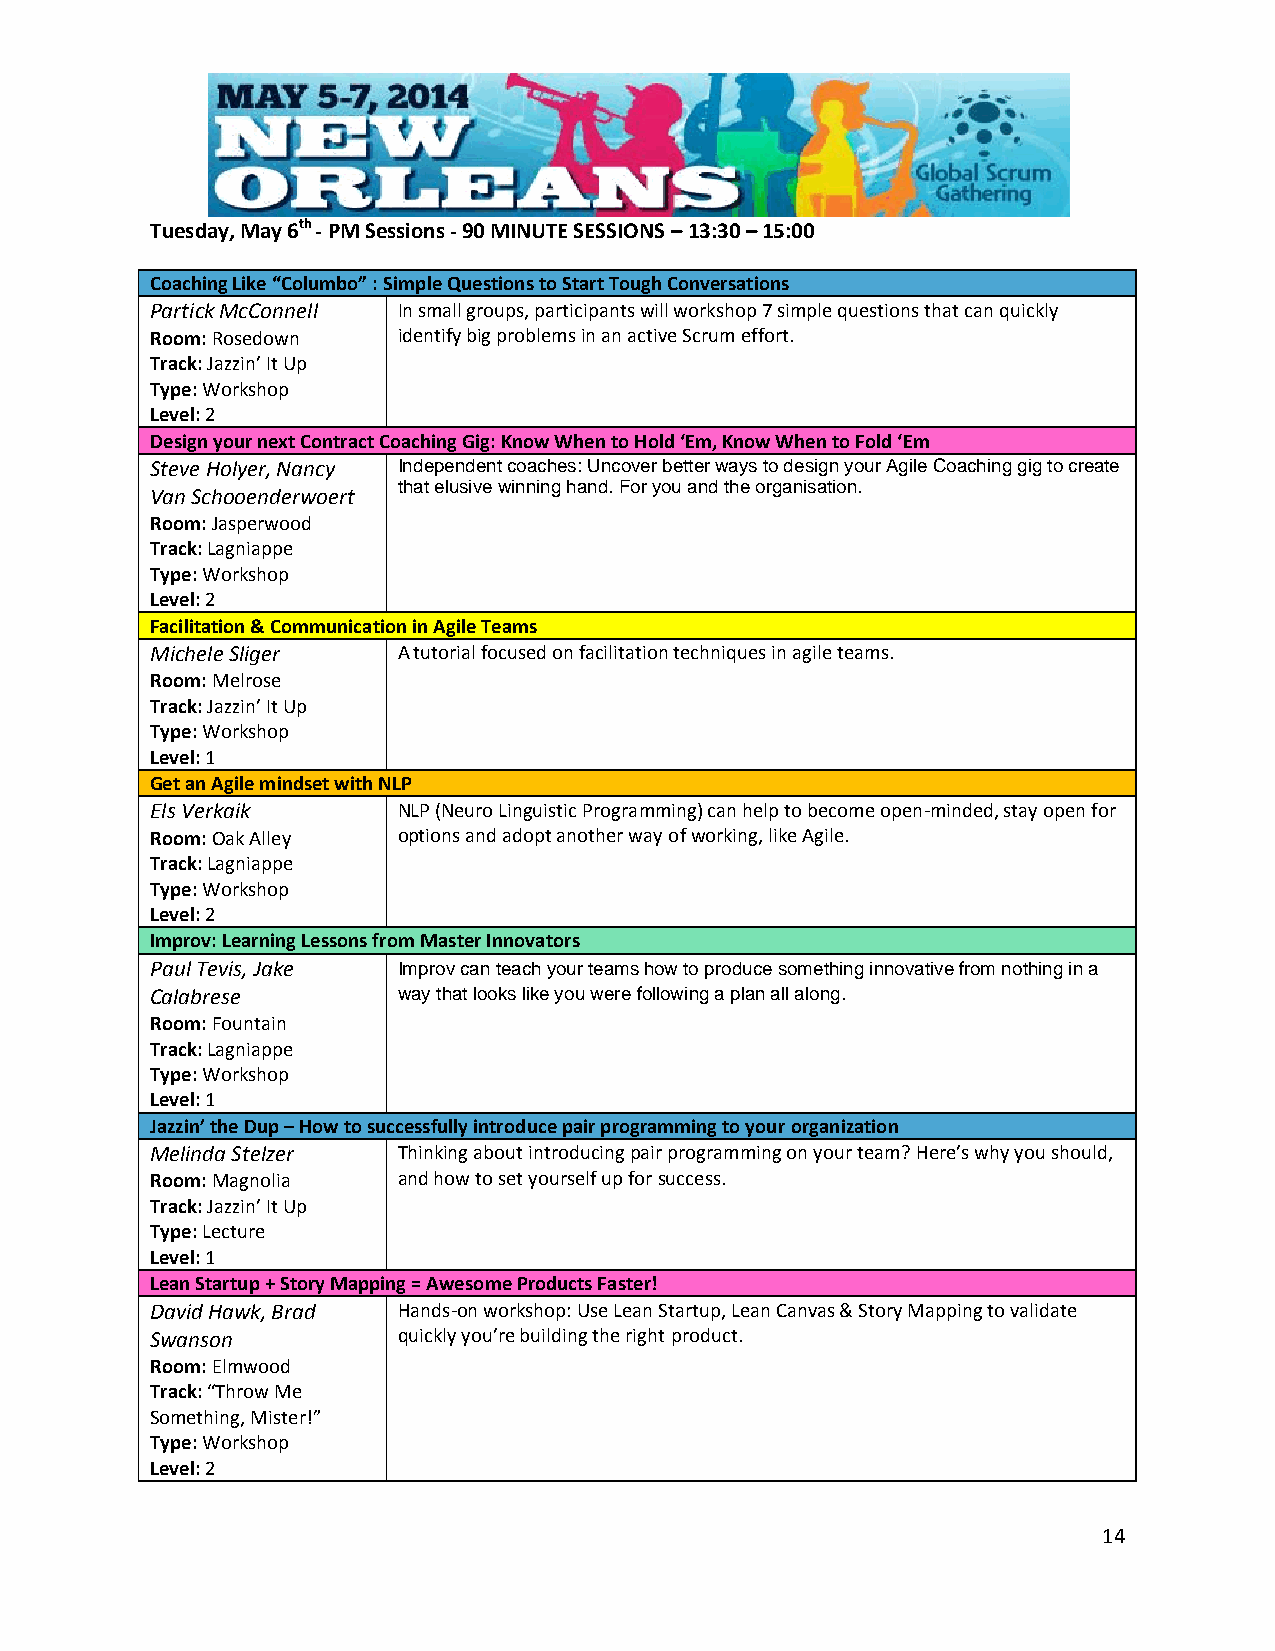
Tuesday, May 6th - PM Sessions - 90 MINUTE SESSIONS – 13:30 – 15:00
 Coaching Like “Columbo” : Simple Questions to Start Tough Conversations
 Partick McConnell In small groups, participants will workshop 7 simple questions that can quickly
 Room: Rosedown  identify big problems in an active Scrum effort.
 Track: Jazzin’ It Up
 Type: Workshop
 Level: 2
 Design your next Contract Coaching Gig: Know When to Hold ‘Em, Know When to Fold ‘Em
 Steve Holyer, Nancy Independent coaches: Uncover better ways to design your Agile Coaching gig to create
 that elusive winning hand. For you and the organisation.
 Van Schooenderwoert
 Room: Jasperwood
 Track: Lagniappe
 Type: Workshop
 Level: 2
 Facilitation & Communication in Agile Teams
 Michele Sliger  A tutorial focused on facilitation techniques in agile teams.
 Room: Melrose
 Track: Jazzin’ It Up
 Type: Workshop
 Level: 1
 Get an Agile mindset with NLP
 Els Verkaik     NLP (Neuro Linguistic Programming) can help to become open-minded, stay open for
 Room: Oak Alley options and adopt another way of working, like Agile.
 Track: Lagniappe
 Type: Workshop
 Level: 2
 Improv: Learning Lessons from Master Innovators
 Paul Tevis, Jake Improv can teach your teams how to produce something innovative from nothing in a
 Calabrese       way that looks like you were following a plan all along.
 Room: Fountain
 Track: Lagniappe
 Type: Workshop
 Level: 1
 Jazzin’ the Dup – How to successfully introduce pair programming to your organization
 Melinda Stelzer Thinking about introducing pair programming on your team? Here’s why you should,
 Room: Magnolia  and how to set yourself up for success.
 Track: Jazzin’ It Up
 Type: Lecture
 Level: 1
 Lean Startup + Story Mapping = Awesome Products Faster!
 David Hawk, Brad Hands-on workshop: Use Lean Startup, Lean Canvas & Story Mapping to validate
 Swanson         quickly you’re building the right product.
 Room: Elmwood
 Track: “Throw Me
 Something, Mister!”
 Type: Workshop
 Level: 2
 14